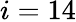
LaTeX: i=14